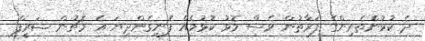
ދެ ކުޅުންތެރިންގެ ފަރާތުން ވެސް މޮޅު ކުޅުމެއް ފެނިގެންދިޔަ އެ މެޗުން ޝަރީފް